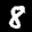
Label: 8